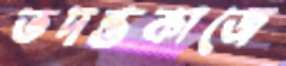
তদন্তকাজে